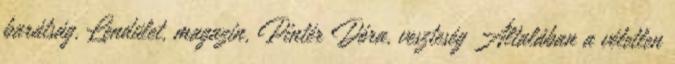
barátság, Lendület, magazin, Pintér Dóra, veszteség Általában a véletlen